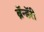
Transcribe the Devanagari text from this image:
ब्रॅन्डॅरी